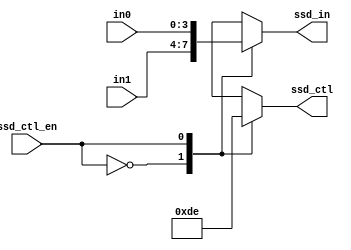
`timescale 1ns / 1ps
//////////////////////////////////////////////////////////////////////////////////
// Company: 
// Engineer: 
// 
// Design Name: 
// Module Name: scan_ctl
// Project Name: 
// Target Devices: 
// Tool Versions: 
// Description: 
// 
// Dependencies: 
// 
// Revision:
// Revision 0.01 - File Created
// Additional Comments:
// 
//////////////////////////////////////////////////////////////////////////////////


module scan_ctl(ssd_ctl_en, ssd_in, ssd_ctl, in1, in0);
input  ssd_ctl_en;
input [3:0] in1, in0;
output reg [3:0] ssd_in;
output reg [3:0] ssd_ctl;

always@*
case (ssd_ctl_en)
    1'b0:
    begin
        ssd_ctl = 4'b1101;
        ssd_in = in1;
    end
    1'b1: 
    begin
        ssd_ctl = 4'b1110;
        ssd_in = in0;
    end
    default:
    begin
        ssd_ctl = 4'b1111;
        ssd_in = 4'd0;
    end
endcase

endmodule